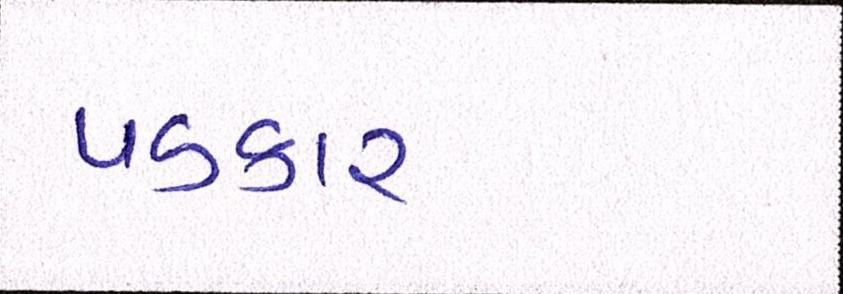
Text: પડકાર